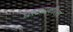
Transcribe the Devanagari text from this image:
घरट्याकरिता